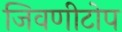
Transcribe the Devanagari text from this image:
जिवणीटोप